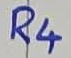
Text: R4